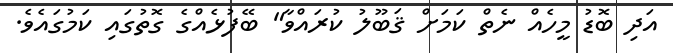
އަދި ބޮޑު މީހެއް ނެތް ކަމަށް ޤަބޫލު ކުރައްވާ" ބޭފުޅެއްގެ ގޮތުގައި ކަމުގައެވެ.